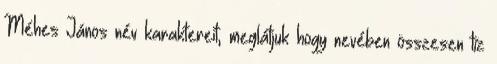
Méhes János név karaktereit, meglátjuk hogy nevében összesen tíz